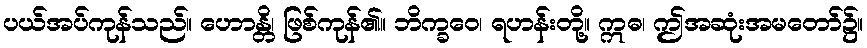
ပယ်အပ်ကုန်သည်။ ဟောန္တိ၊ ဖြစ်ကုန်၏။ ဘိက္ခဝေ၊ ရဟန်းတို့။ ဣဓ၊ ဤအဆုံးအမတော်၌။